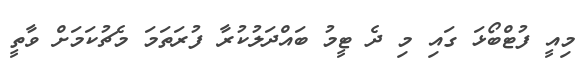
މިއީ ފުޓްބޯޅަ ގައި މި ދެ ޓީމު ބައްދަލުކުރާ ފުރަތަމަ މެޗުކަމަށް ވާތީ